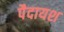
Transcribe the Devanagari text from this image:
पैदायश